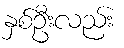
နှစ်ဦးလည်း